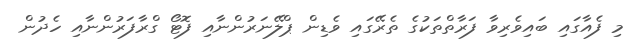
މި ފެއާގައި ބައިވެރިވާ ފަރާތްތަކުގެ ތެރޭގައި ވެޑިން ޕްލޭނަރުންނާއި ފޮޓޯ ގްރާފަރުންނާއި ހެދުން